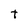
Character: T